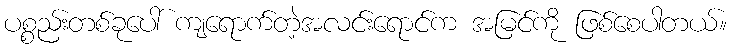
ပစ္စည်းတစ်ခုပေါ် ကျရောက်တဲ့အလင်းရောင်က အမြင်ကို ဖြစ်စေပါတယ်။